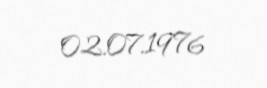
02.07.1976